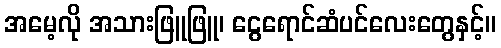
အမေ့လို အသားဖြူဖြူ၊ ငွေရောင်ဆံပင်လေးတွေနှင့်။